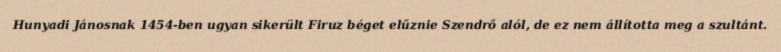
Hunyadi Jánosnak 1454-ben ugyan sikerült Firuz béget elűznie Szendrő alól, de ez nem állította meg a szultánt.